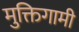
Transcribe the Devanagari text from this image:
मुक्तिगामी